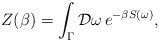
\begin{align*}Z(\beta )= \int_\Gamma {\cal D} \omega \, e^{-\beta S(\omega)},\end{align*}